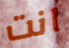
انت